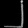
Digit: ၂